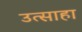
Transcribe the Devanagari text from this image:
उत्साहा